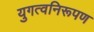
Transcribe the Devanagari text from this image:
युगत्वनिरूपण